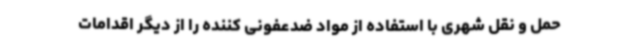
حمل و نقل شهری با استفاده از مواد ضدعفونی کننده را از دیگر اقدامات